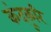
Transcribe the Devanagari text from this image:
कंदकूरि